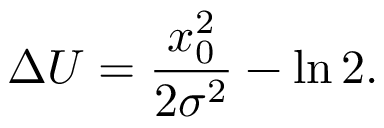
\Delta U = \frac { x _ { 0 } ^ { 2 } } { 2 \sigma ^ { 2 } } - \ln 2 .